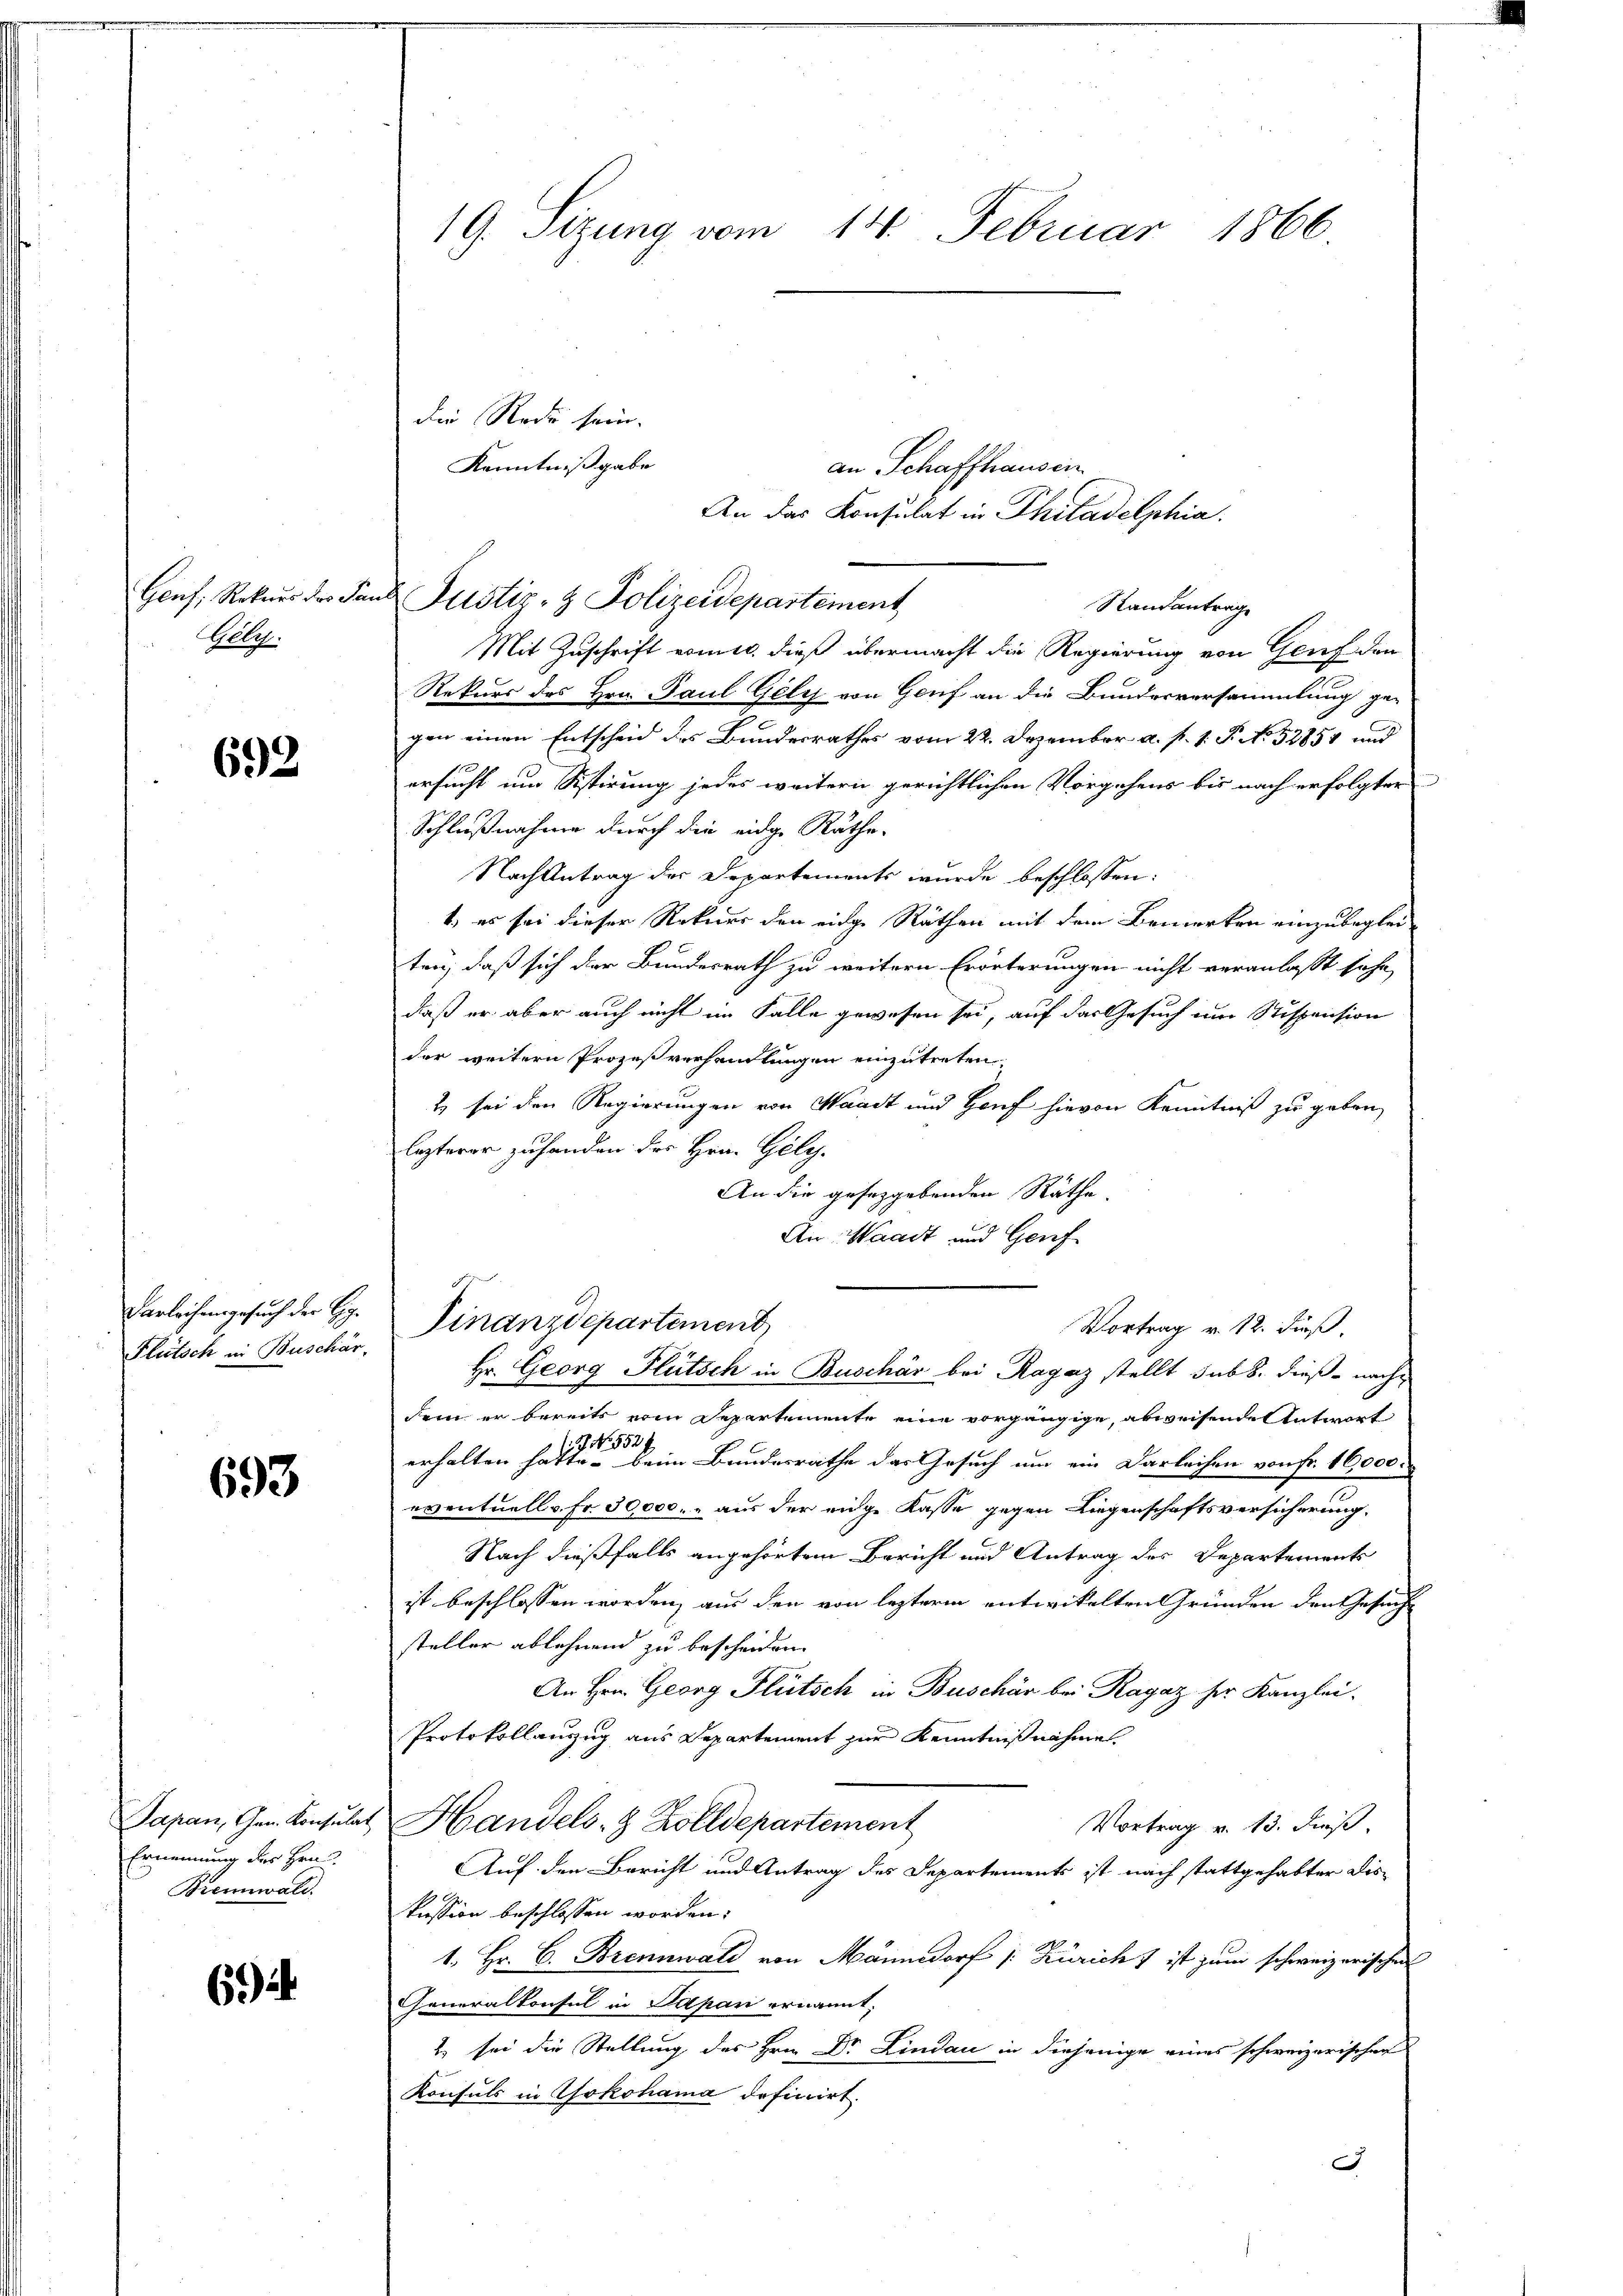
Genf, Rekurs des Ja
Geleg

692

Darleihengesuch der Ge¬
Flütsch in Buschär

693

Papan, Gem. Konsula
Ernennung des Hrn.
Brennwald.

62

19. Sizung vom 14. Februar 1866

die Rede sein.
Kenntnißgabe
an Schaffhausen
An das Konsulat in Philadelphia
Randantrag
Mit Zuschrift vomit dieß übermacht die Regierung von Genf den
Rekurs des Hrn. Paul Gely von Genf an die Bundesversammlung ge-
7
gen einen Entscheid des Bundesrathes vom 22. Dezember a. p. 1. P. N. 52854 und
ersucht um Sistirung jedes weitern gerichtlichen Vorgehens bis nach erfolgter
Schlußnahme durch die eidge Rathe-
Nach Antrag der Departements wurde beschlossen:
1) es sei dieser Rekurs den eige Räthen mit dem Bemerken einzubegleiten, daß sich der Bundesrath zu weitern Erörterungen nicht veranlaßt sehe,
daß er aber auch nicht im Falle gewesen sei, auf das Gesuch um Suspension
der weitern Prozeßverhandlungen einzutreten
2 sei den Regierungen von Waadt und Hauf hievon Kenntniß zu geben,
lezterer zu handen der Hrn. Gily.
An die gesetzgebenden Räthe.
An Waadt und Genf
Finanzdepartement
Vortrag v. 12. dieß.
Hr. Georg Flütsch in Buschär bei Ragaz stellt sub 8. dieß nachdem er bereits vom Departemente eine vorgängige, abweisende Antwort
1 No 5524
erhalten hatte, beim Bundesrathe das Gesuch um ein Darleihen von Fr. 16,000.
eventuell v. Fr. 30,000.- aus der eige Kasse gegen Liegenschaftsversicherung.
Nach dießfalls angehörtem Bericht und Antrag der Departements
ist beschlossen worden, aus den von lezterm entwickelten Gründen den Gesucht
steller ablehnend zu bescheiden.
An Hrn. Georg Flütsch in Buschär bei Ragaz her Kanzlei.
Protokollauszug aus Departement zur Kenntnißnahme
Handels- & Zolldepartement
Vortrag v. 13. dieß.
Auf den Bericht und Antrag des Departements ist nach stattgehabter Diskission beschlossen worden.
1. Hr. C. Brennwald von Männedorf /: Züricht ist zum schweizerischen
Generalkonsul in Papan ernannt,
2 sei die Stellung des Hrn. Dr. Lindau in diejenige eines schweizerischen
Konsuls in Yokohama definirt.
.

Justiz- & Polizeidepartement